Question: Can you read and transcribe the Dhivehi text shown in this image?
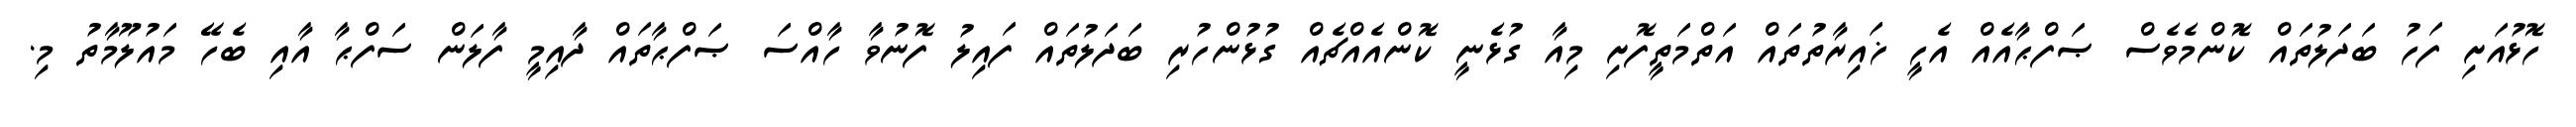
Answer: ހޮޅުއަށި ފަހު ބަދަލުތައް ކޮންމެވެސް ޞަފްޙާއެއް އެހީ ޚައިރާތުތައް އަތްމަތީފޮށި މިއާ ގުޅެނީ ކޮންއެއްޗެއް ގުޅުންހުރި ބަދަލުތައް ފައިލު ފޮނުވާ ހާއްސަ ޞަފްޙާތައް ދާއިމީ ފާލަން ސަފްޙާ އާއި ބެހޭ މައުލޫމާތު މި.